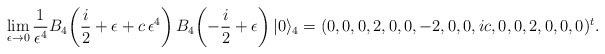
\begin{align*}\lim_{\epsilon\rightarrow 0}\frac{1}{\epsilon^4}B_4\!\left(\frac{i}{2}+\epsilon+c\,\epsilon^4\right)B_4\!\left(-\frac{i}{2}+\epsilon\right)|0\rangle_4=(0,0,0,2,0,0,-2,0,0,ic,0,0,2,0,0,0)^t.\end{align*}